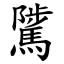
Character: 騭